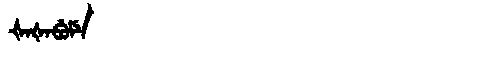
Manchu: ᡧᠠᡧᠠᠪᡠᠮᡝ
Romanization: ŠAŠABUME